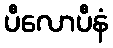
ပီလောပီနံ